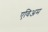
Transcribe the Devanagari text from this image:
एविअम